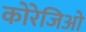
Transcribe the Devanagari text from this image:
कोरेजिओ